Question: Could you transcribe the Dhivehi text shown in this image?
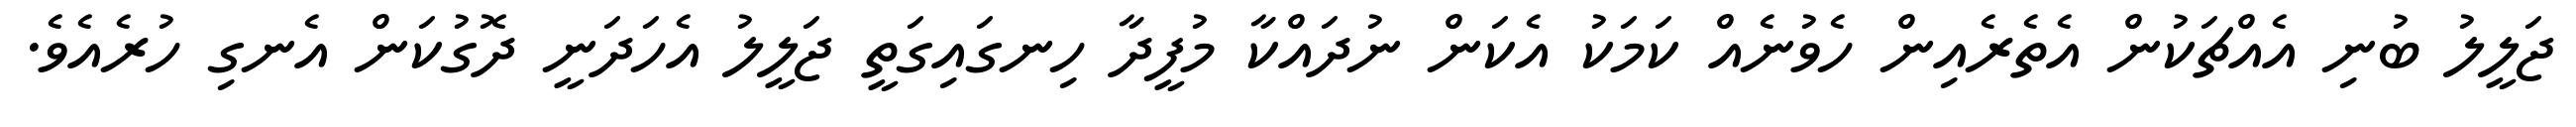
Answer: ޖަލީލު ބުނި އެއްޗަކުން އެތެރެއިން ހެވުނެއް ކަމަކު އެކަން ނުދައްކާ މުފީދާ ހިނގައިގަތީ ޖަލީލު އެހަދަނީ ދޮގުކަން އެނގި ހުރެއެވެ.